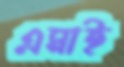
এমাই